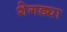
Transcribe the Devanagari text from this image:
शेगड्या